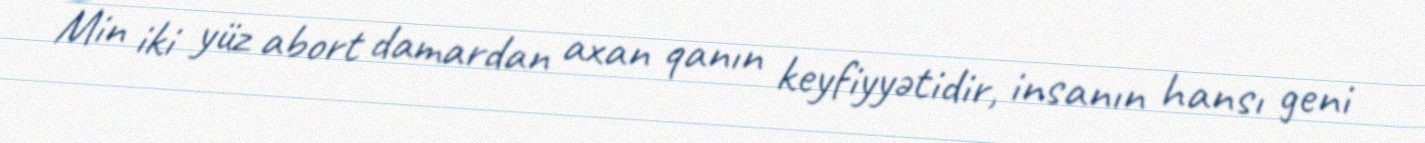
Min iki yüz abort damardan axan qanın keyfiyyətidir, insanın hansı geni